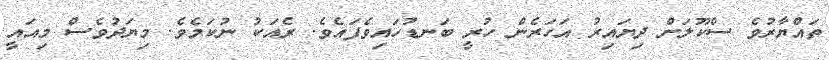
ތައްޔާރުވެ ސްކޫލަށް ދިޔައިރު އަހަރެން ހުރީ ބަނޑުހައިވެފައެވެ. ރެއަކު ނުކަމެވެ. މިޔަދުވެސް މިއައީ